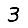
Digit: 3